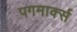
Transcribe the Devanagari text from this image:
पगमार्क्स